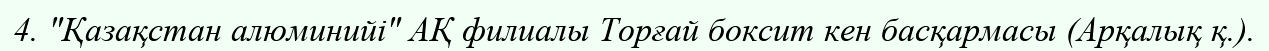
4. "Қазақстан алюминийі" АҚ филиалы Торғай боксит кен басқармасы (Арқалық қ.).